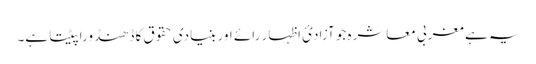
یہ ہے مغربی معاشرہ جو آزادیٔ اظہار رائے اور بنیادی حقوق کا ڈھنڈورا پیٹتا ہے۔